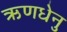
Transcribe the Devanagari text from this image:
ऋणधेनु